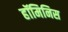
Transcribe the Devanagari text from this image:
हॉमिनिस